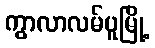
ကွာလာလမ်ပူမြို့